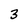
Character: 3